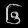
Digit: ၆